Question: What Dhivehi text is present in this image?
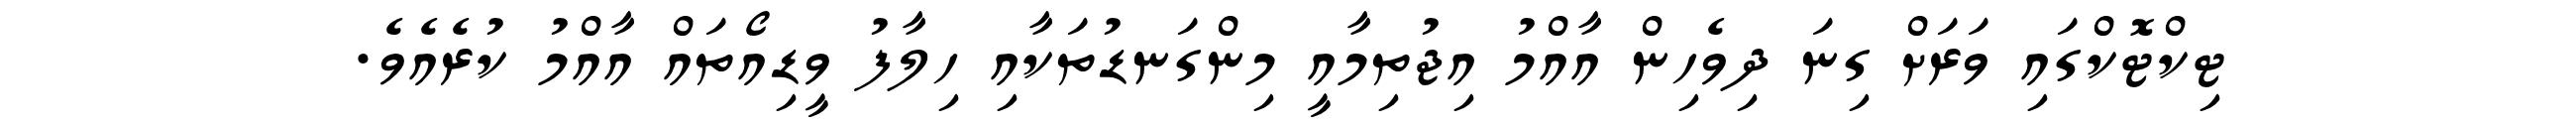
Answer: ޓިކްޓޮކްގައި ވަރަށް ގިނަ ދިވެހިން އާއްމު އިޖުތިމާއީ މިންގަނޑުތަކާއި ހިލާފު ވީޑިއޯތައް އާއްމު ކުރެއެވެ.